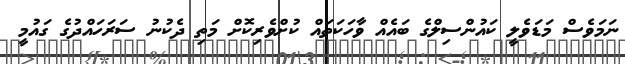
ނަމަވެސް މަޑަވެލީ ކައުންސިލްގެ ބައެއް ވާހަކަތައް ކުށްވެރިކޮށް މަތި ދެކުނު ސަރަހައްދުގެ ގައުމީ